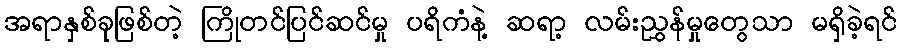
အရာနှစ်ခုဖြစ်တဲ့ ကြိုတင်ပြင်ဆင်မှု ပရိကံနဲ့ ဆရာ့ လမ်းညွှန်မှုတွေသာ မရှိခဲ့ရင်